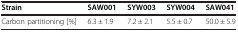
<table><thead><tr><td><b>Strain</b></td><td><b>SAW001</b></td><td><b>SYW003</b></td><td><b>SYW004</b></td><td><b>SAW041</b></td></tr></thead><tbody><tr><td>Carbon partitioning [%]</td><td>6.3 ± 1.9</td><td>7.2 ± 2.1</td><td>5.5 ± 0.7</td><td>50.0 ± 5.9</td></tr></tbody></table>